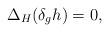
LaTeX: \begin{align*}\Delta_H (\delta_gh) = 0 , \end{align*}